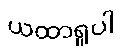
ယထာရူပါ